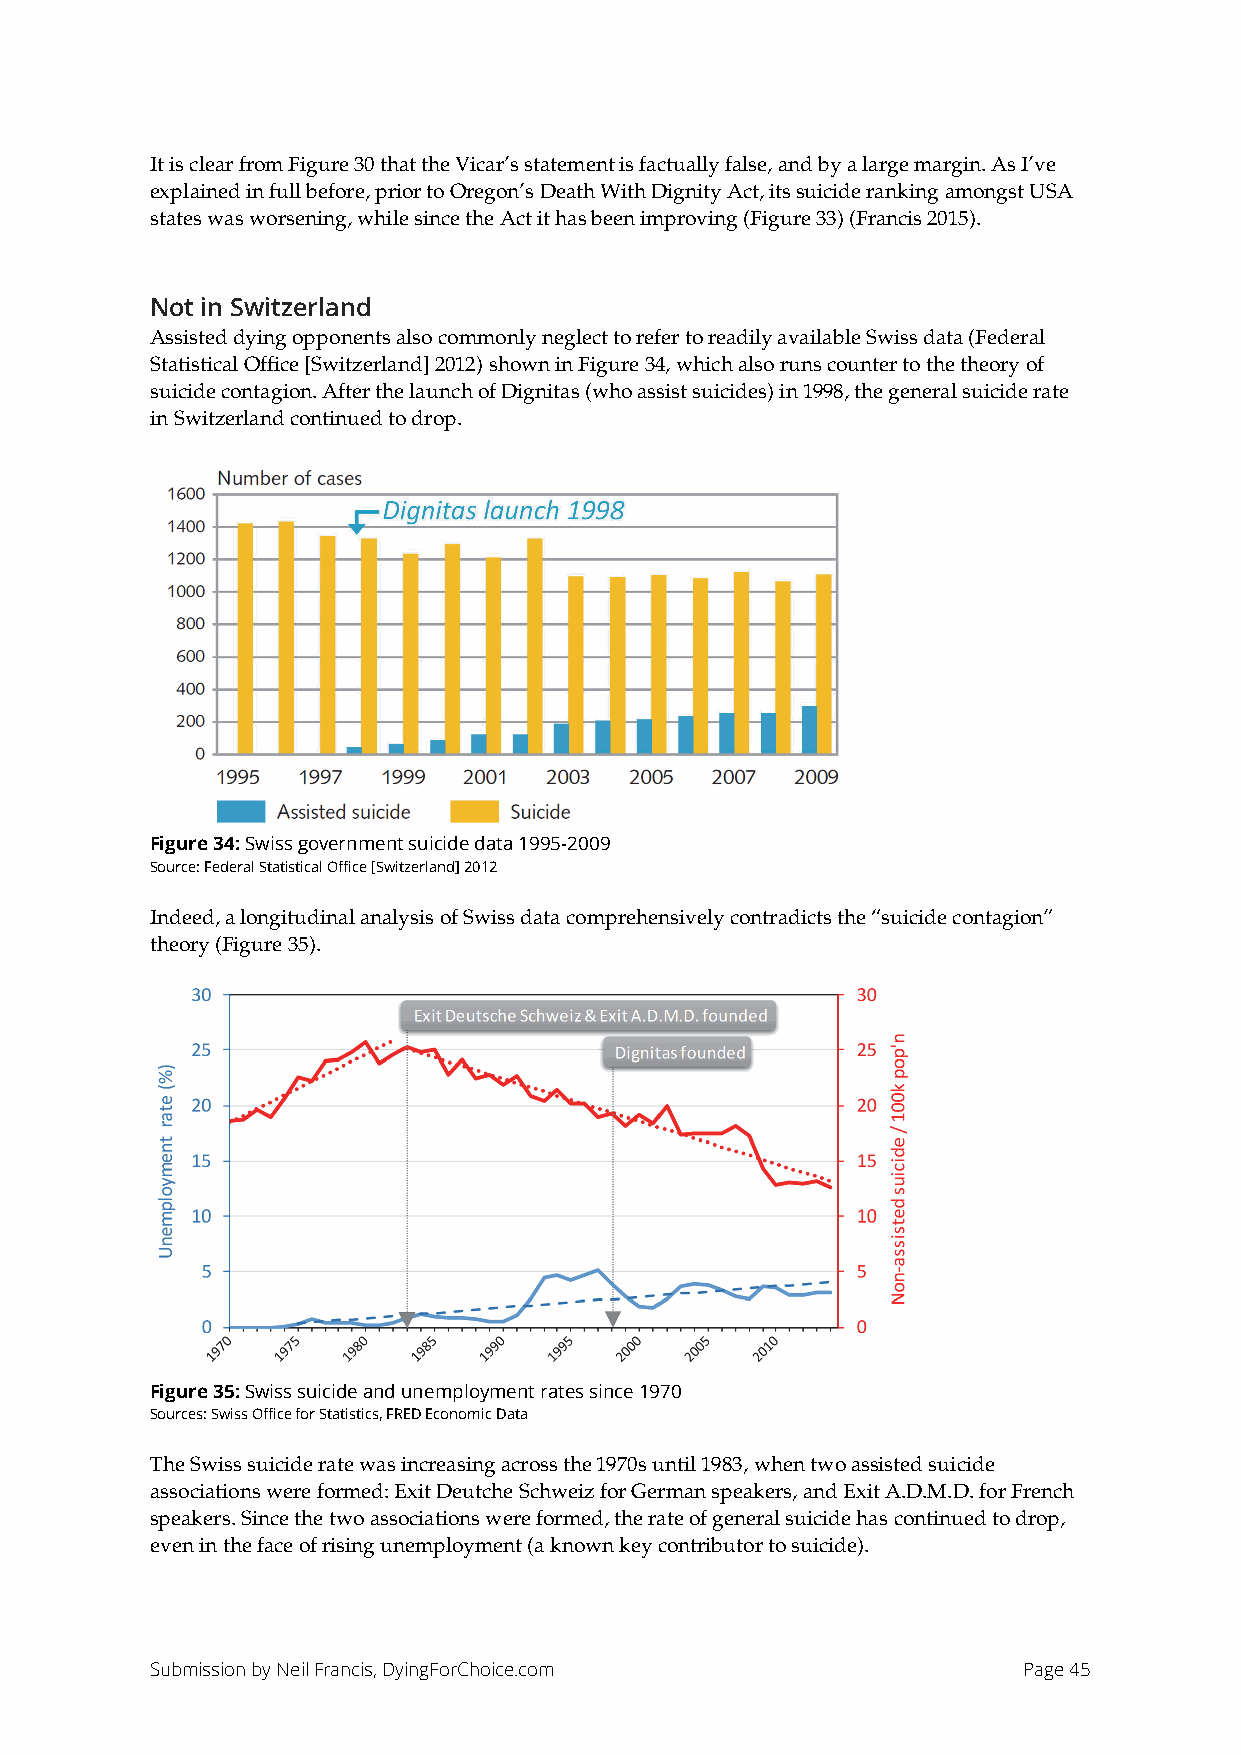
It is clear from Figure 30 that the Vicar’s statement is factually false, and by a large margin. As I’ve
 explained in full before, prior to Oregon’s Death With Dignity Act, its suicide ranking amongst USA
 states was worsening, while since the Act it has been improving (Figure 33) (Francis 2015).
 Not in Switzerland
 Assisted dying opponents also commonly neglect to refer to readily available Swiss data (Federal
 Statistical Office [Switzerland] 2012) shown in Figure 34, which also runs counter to the theory of
 suicide contagion. After the launch of Dignitas (who assist suicides) in 1998, the general suicide rate
 in Switzerland continued to drop.
 Figure 34: Swiss government suicide data 1995-2009
 Source: Federal Statistical Office [Switzerland] 2012
 Indeed, a longitudinal analysis of Swiss data comprehensively contradicts the “suicide contagion”
 theory (Figure 35).
 Figure 35: Swiss suicide and unemployment rates since 1970
 Sources: Swiss Office for Statistics, FRED Economic Data
 The Swiss suicide rate was increasing across the 1970s until 1983, when two assisted suicide
 associations were formed: Exit Deutche Schweiz for German speakers, and Exit A.D.M.D. for French
 speakers. Since the two associations were formed, the rate of general suicide has continued to drop,
 even in the face of rising unemployment (a known key contributor to suicide).
 Submission by Neil Francis, DyingForChoice.com            Page 45